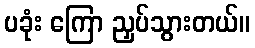
ပခုံး ကြော ညှပ်သွားတယ်။